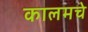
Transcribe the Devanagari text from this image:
कालमचे